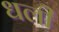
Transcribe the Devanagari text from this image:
धली